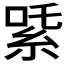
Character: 𬗍